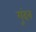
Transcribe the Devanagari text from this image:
गुंदन